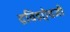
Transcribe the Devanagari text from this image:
द्रविडऐवजी